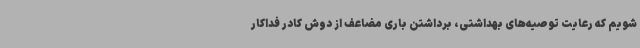
شویم که رعایت توصیه‌های بهداشتی، برداشتن باری مضاعف از دوش کادر فداکار